Report on vaccination North-West Frontier Province 1904-1922 - 1904-1922
Year: 1904
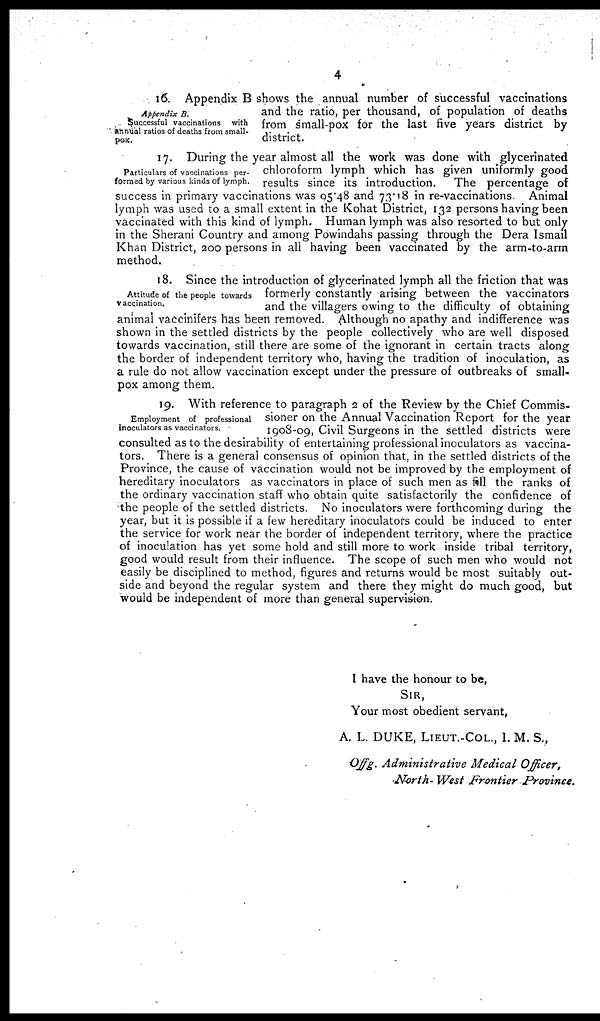
4
Appendix B.
Successful vaccinations with
annual ratios of deaths from small-
pox.
16. Appendix B shows the annual number of successful vaccinations
and the ratio, per thousand, of population of deaths
from small-pox for the last five years district by
district.
Particulars of vaccinations per-
formed by various kinds of lymph.
17. During the year almost all the work was done with glycerinated
chloroform lymph which has given uniformly good
results since its introduction.
The percentage of
success in primary vaccinations was 95.48 and 73.18 in re-vaccinations
Animal
lymph was used to a small extent in the Kohat District, 132 persons having been
vaccinated with this kind of lymph. Human lymph was also resorted to but only
in the Sherani Country and among Powindahs passing through the Dera Ismail
Khan District, 200 persons in all having been vaccinated by the arm-to-arm
method.
Attitude of the people towards
vaccination.
18. Since the introduction of glycerinated lymph all the friction that was
formerly constantly arising between the vaccinators
and the villagers owing to the difficulty of obtaining
animal vaccinifers has been removed. Although no apathy and indifference was
shown in the settled districts by the people collectively who are well disposed
towards vaccination, still there are some of the ignorant in certain tracts along
the border of independent territory who, having the tradition of inoculation, as
a rule do not allow vaccination except under the pressure of outbreaks of small-
pox among them.
Employment of professional
inoculators as vaccinators.
19. With reference to paragraph 2 of the Review by the Chief Commis-
sioner on the Annual Vaccination Report for the year
1908-09, Civil Surgeons in the settled districts were
consulted as to the desirability of entertaining professional inoculators as vaccina-
tors. There is a general consensus of opinion that, in the settled districts of the
Province, the cause of vaccination would not be improved by the employment of
hereditary inoculators as vaccinators in place of such men as fill the ranks of
the ordinary vaccination staff who obtain quite satisfactorily the confidence of
the people of the settled districts. No inoculators were forthcoming during the
year, but it is possible if a few hereditary inoculators could be induced to enter
the service for work near the border of independent territory, where the practice
of inoculation has yet some hold and still more to work inside tribal territory,
good would result from their influence. The scope of such men who would not
easily be disciplined to method, figures and returns would be most suitably out-
side and beyond the regular system and there they might do much good, but
would be independent of more than general supervision.
I have the honour to be,
SIR,
Your most obedient servant,
A. L. DUKE, LIEUT.-COL., I. M. S.,
Offig. Administrative
Medical Officer,
North- West Frontier
Province.